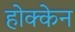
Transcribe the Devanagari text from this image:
होक्केन